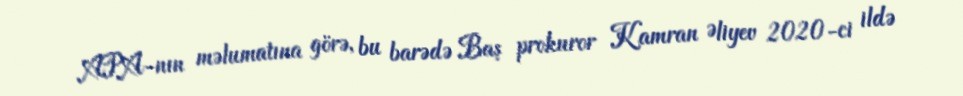
APA-nın məlumatına görə, bu barədə Baş prokuror Kamran Əliyev 2020-ci ildə